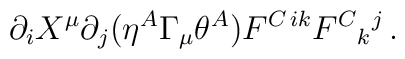
\partial_iX^\mu \partial_j(\eta^A\Gamma_\mu\theta^A)       F^{C\,ik} F^{C}{}_k{}^j\,.